Burma Government Medical School reports 1907-22
Year: 1907
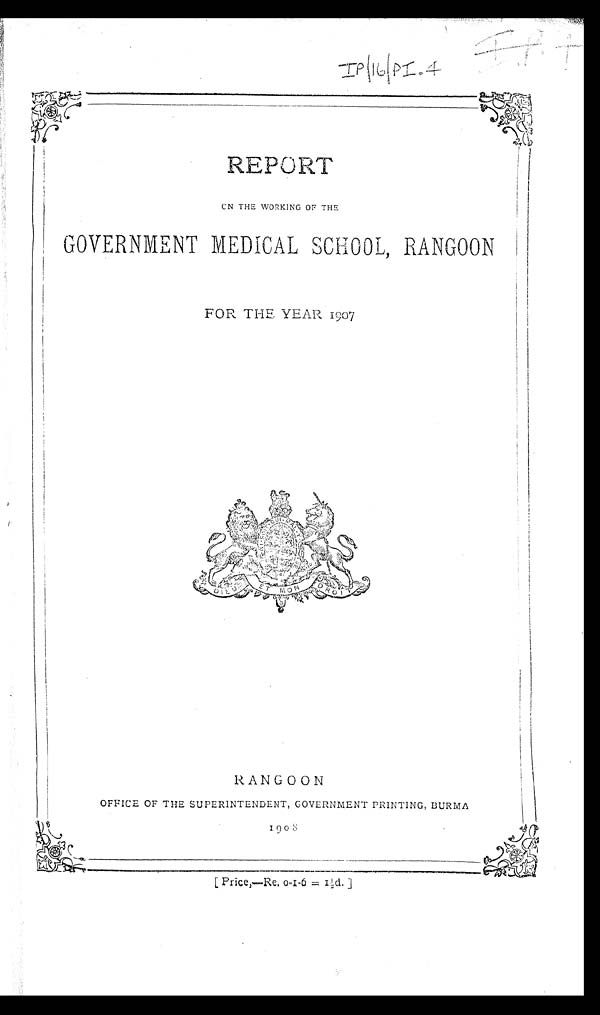
IP/16/PI.4
REPORT
ON THE WORKING OF THE
GOVERNMENT MEDICAL SCHOOL, RANGOON
FOR THE YEAR 1907
RANGOON
OFFICE OF THE SUPERINTENDENT, GOVERNMENT PRINTING, BURMA
1 9 0 8
[ P r i c e , — R e . 0 - I - 6 = I ½ d . ]